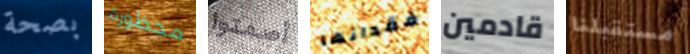
بصحة محظورة أصمتوا فقدانها قادمين مستقبلنا